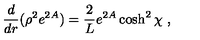
\frac { d } { d r } ( \rho ^ { 2 } e ^ { 2 A } ) = \frac { 2 } { L } e ^ { 2 A } \cosh ^ { 2 } \chi \ ,